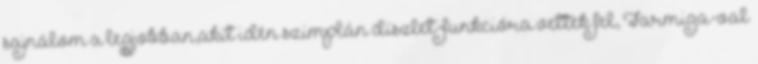
sajnálom a legjobban,akit idén szimplán díszlet-funkcióra vettek fel, Farmiga-val